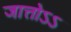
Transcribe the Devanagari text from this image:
जात्तोऽऽ